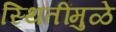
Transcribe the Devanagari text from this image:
स्थितींमुळे